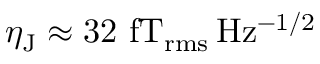
\eta _ { \mathrm { J } } \approx 3 2 ~ \mathrm { f T _ { r m s } \, H z ^ { - 1 / 2 } }